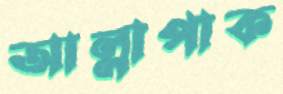
আল্লাপাক